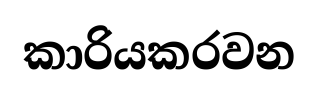
කාරියකරවන